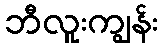
ဘီလူးကျွန်း